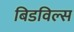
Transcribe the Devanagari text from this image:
बिडविल्स